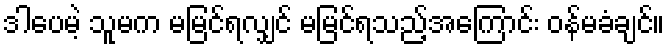
ဒါပေမဲ့ သူမက မမြင်ရလျှင် မမြင်ရသည့်အကြောင်း ဝန်မခံချင်။